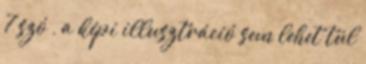
7 szó , a képi illusztráció sem lehet túl